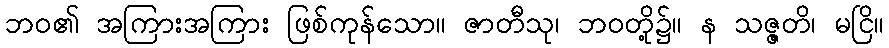
ဘဝ၏ အကြားအကြား ဖြစ်ကုန်သော။ ဇာတီသု၊ ဘဝတို့၌။ န သဇ္ဇတိ၊ မငြိ။